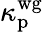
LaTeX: \kappa_{\mathrm{p}}^{\mathrm{wg}}